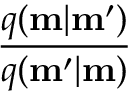
\frac { q ( \mathbf { m } | \mathbf { m ^ { \prime } } ) } { q ( \mathbf { m ^ { \prime } } | \mathbf { m } ) }